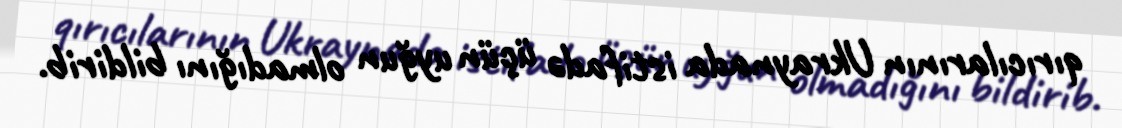
qırıcılarının Ukraynada istifadə üçün uyğun olmadığını bildirib.